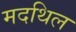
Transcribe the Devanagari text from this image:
मदथिल